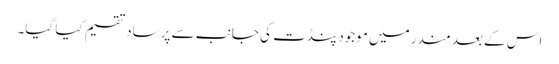
اس کے بعد مندر میں موجود پنڈت کی جانب سے پرساد تقسیم کیا گیا۔